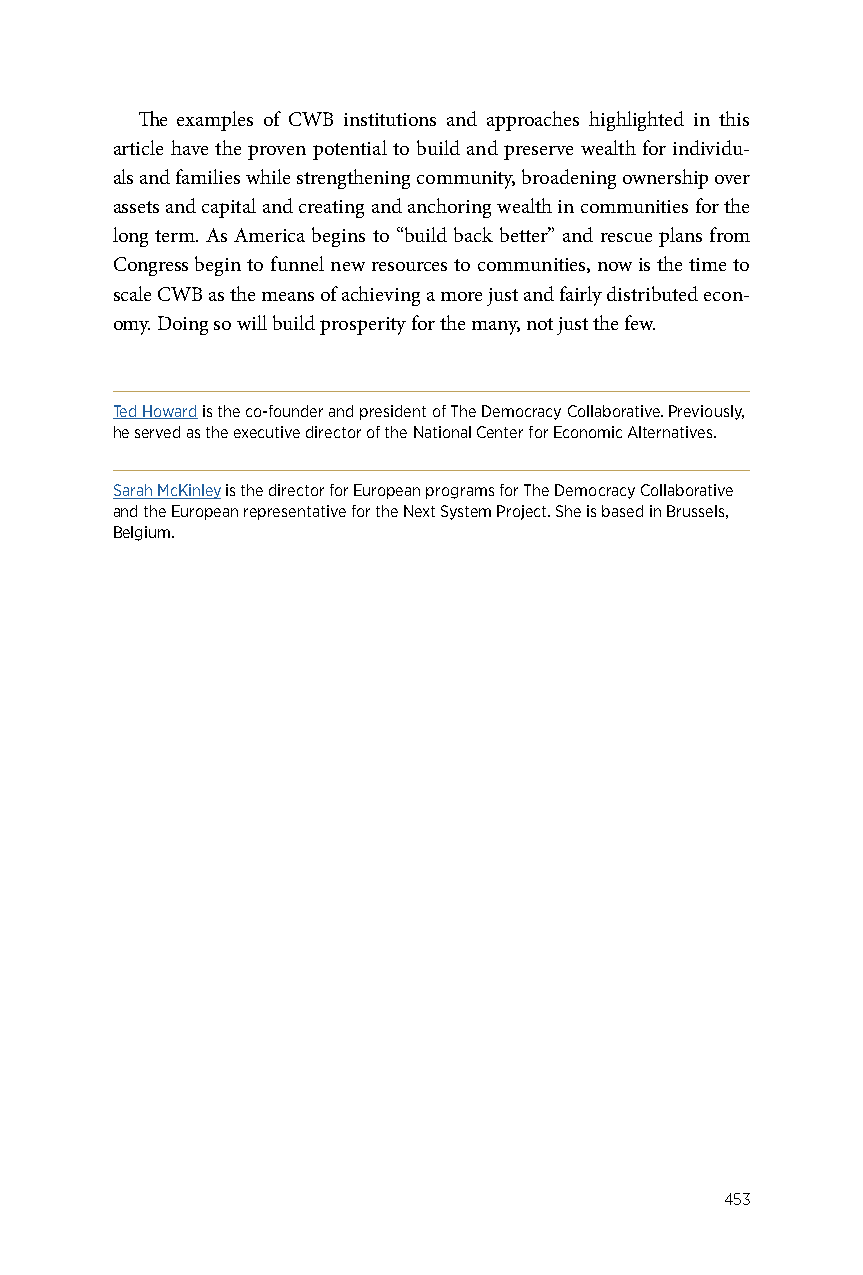
The examples of CWB institutions and approaches highlighted in this
 article have the proven potential to build and preserve wealth for individu-
 als and families while strengthening community, broadening ownership over
 assets and capital and creating and anchoring wealth in communities for the
 long term. As America begins to “build back better” and rescue plans from
 Congress begin to funnel new resources to communities, now is the time to
 scale CWB as the means of achieving a more just and fairly distributed econ-
 omy. Doing so will build prosperity for the many, not just the few.
 Ted Howard is the co-founder and president of The Democracy Collaborative. Previously,
 he served as the executive director of the National Center for Economic Alternatives.
 Sarah McKinley is the director for European programs for The Democracy Collaborative
 and the European representative for the Next System Project. She is based in Brussels,
 Belgium.
 453